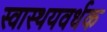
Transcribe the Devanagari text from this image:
स्वास्थयवर्धक